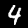
Label: 4